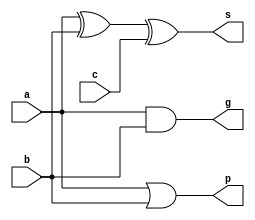
`timescale 1ns / 1ps
//////////////////////////////////////////////////////////////////////////////////
// Company: 
// Engineer: 
// 
// Design Name: 
// Module Name: add
// Project Name: 
// Target Devices: 
// Tool Versions: 
// Description: 
// 
// Dependencies: 
// 
// Revision:
// Revision 0.01 - File Created
// Additional Comments:
// 
//////////////////////////////////////////////////////////////////////////////////


module add(
    input a,
    input b,
    input c,
    output g,
    output p,
    output s
    );
    assign s = a ^ b ^ c;
    assign g = a & b;
    assign p = a | b;
endmodule